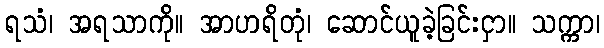
ရသံ၊ အရသာကို။ အာဟရိတုံ၊ ဆောင်ယူခဲ့ခြင်းငှာ။ သက္ကာ၊